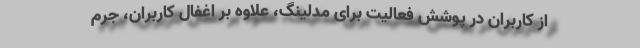
از کاربران در پوشش فعالیت برای مدلینگ، علاوه بر اغفال کاربران، جرم